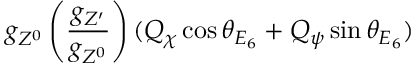
g _ { Z ^ { 0 } } \left( { \frac { g _ { Z ^ { \prime } } } { g _ { Z ^ { 0 } } } } \right) ( Q _ { \chi } \cos \theta _ { E _ { 6 } } + Q _ { \psi } \sin \theta _ { E _ { 6 } } )